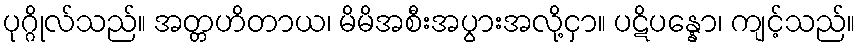
ပုဂ္ဂိုလ်သည်။ အတ္တဟိတာယ၊ မိမိအစီးအပွားအလို့ငှာ။ ပဋိပန္နော၊ ကျင့်သည်။